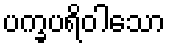
ပက္ခပရိဝါသော